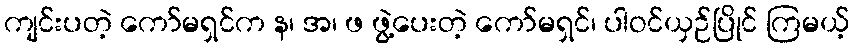
ကျင်းပတဲ့ ကော်မရှင်က န၊ အ၊ ဖ ဖွဲ့ပေးတဲ့ ကော်မရှင်၊ ပါဝင်ယှဉ်ပြိုင် ကြမယ့်